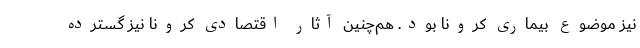
نیز موضوع بیماری کرونا بود. هم‌چنین آثار اقتصادی کرونا نیز گسترده